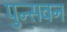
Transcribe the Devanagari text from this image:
पुन्सवन